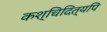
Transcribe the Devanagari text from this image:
कश्चिदित्यपि